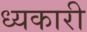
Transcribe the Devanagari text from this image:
ध्यकारी